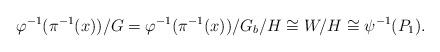
LaTeX: \begin{align*} \varphi^{-1}(\pi^{-1}(x))/G=\varphi^{-1}(\pi^{-1}(x))/G_b/H\cong W/H\cong \psi^{-1}(P_1).\end{align*}